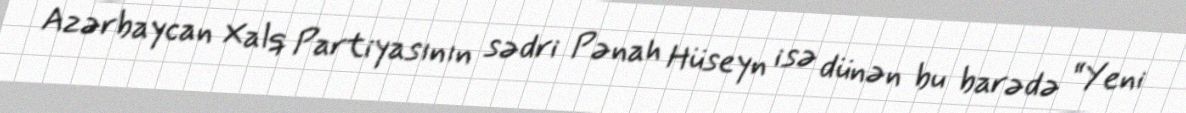
Azərbaycan Xalq Partiyasının sədri Pənah Hüseyn isə dünən bu barədə “Yeni